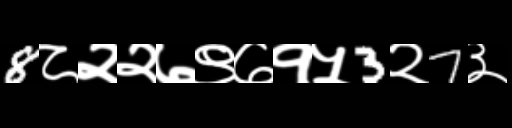
Text: 8८२२७९७१५3२7३